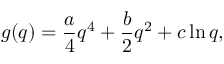
g ( q ) = \frac { a } { 4 } q ^ { 4 } + \frac { b } { 2 } q ^ { 2 } + c \ln { q } ,